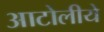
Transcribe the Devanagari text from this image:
आटोलीये